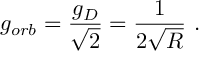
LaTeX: g _ { o r b } = \frac { g _ { D } } { \sqrt { 2 } } = \frac { 1 } { 2 \sqrt { R } } \ .